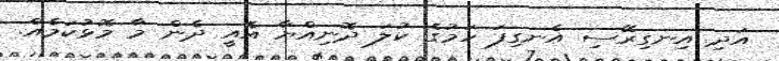
އަދި އިނގިރޭސި އެނގިފަ ހަމުގެ ކުލަ ދޮނިއްޔާ އެއީ ދެން މާ މޮޅުކަމެއް.